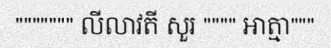
""""""" លីលាវតី សួរ """" អាត្មា"""